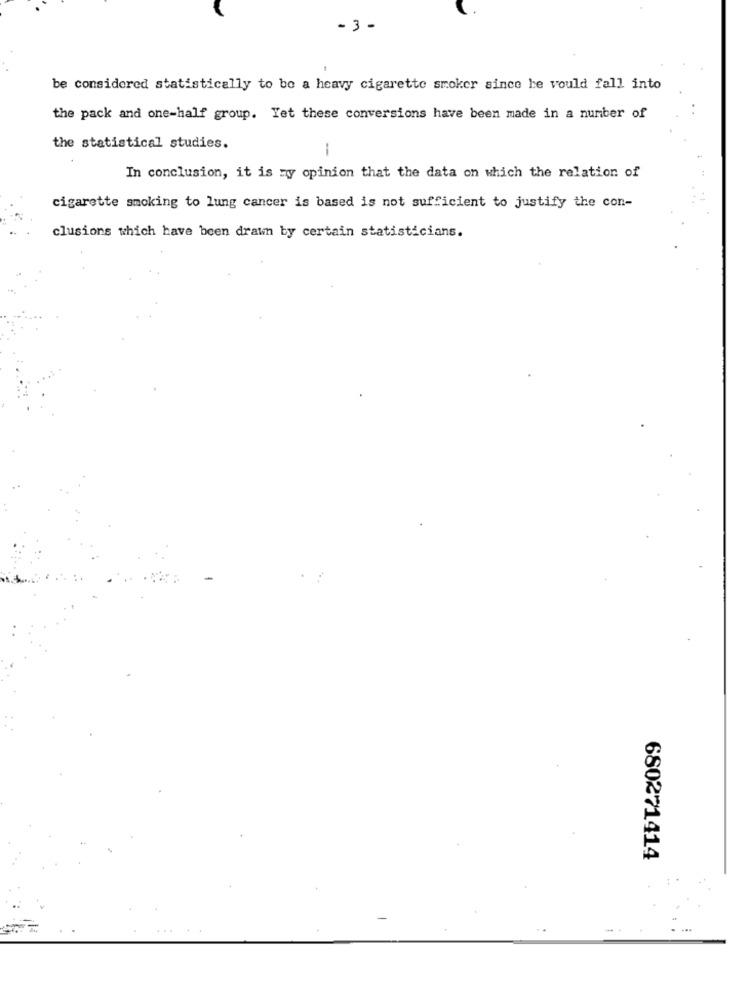
-3 -
be considered statistically to be a heavy cigarette smoker since he would fall into
the pack and one-half group. Yet these conversions have been made in a number of
the statistical studies.
--
In conclusion, it is my opinion that the data on which the relation of
cigarette smoking to lung cancer is based is not sufficient to justify the con-
clusions which have been drawn by certain statisticians.
680271414